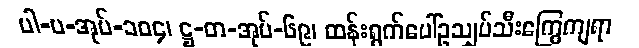
ပါ-ပ-အုပ်-၁၀၄၊ ဋ္ဌ-တ-အုပ်-၆၉၊ ထန်းရွက်ပေါ်ဥသျှပ်သီးကြွေကျရာ